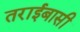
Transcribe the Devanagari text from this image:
तराईबासी